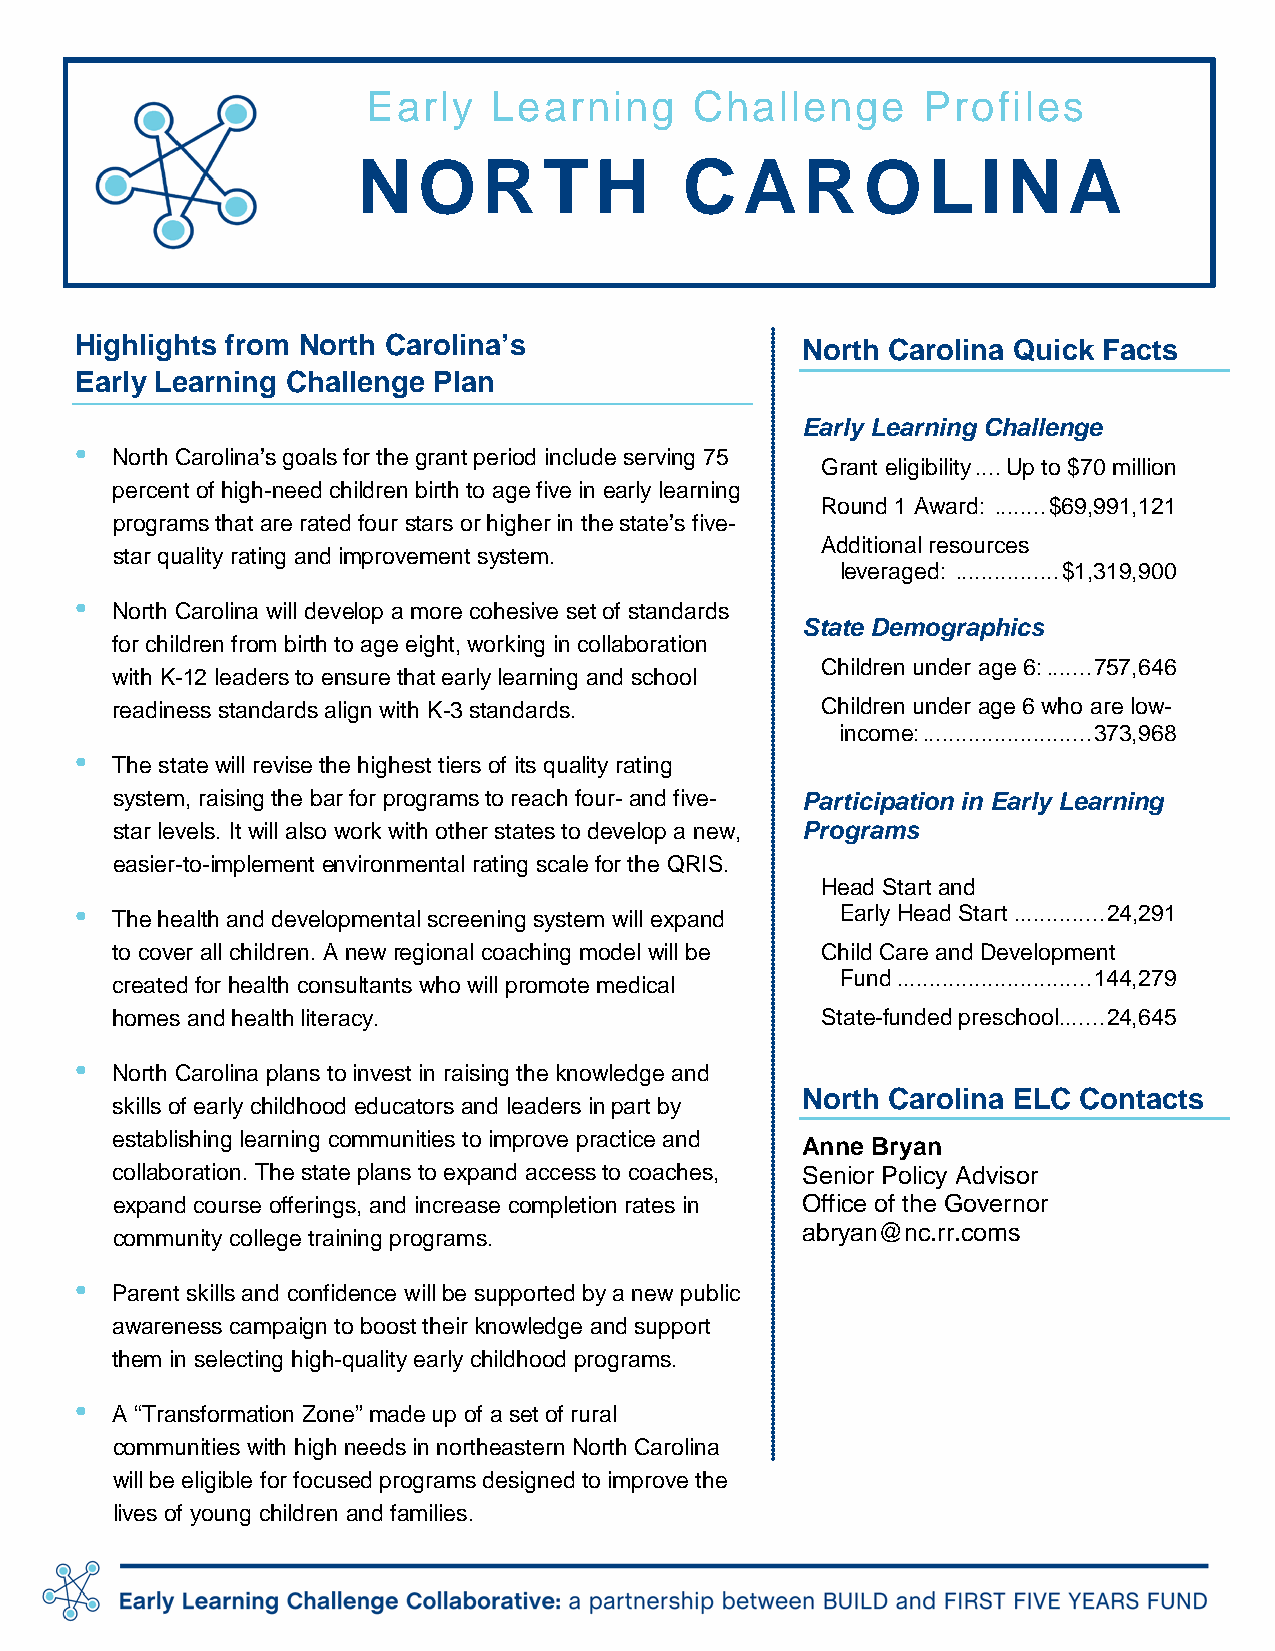
Early    Learning     Challenge      Profiles
 N   OR      TH       C   AR      OLI       N   A
 Highlights from North Carolina’s                North Carolina Quick Facts
 Early Learning Challenge Plan
 Early Learning Challenge
 •
 North Carolina’s goals for the grant period include serving 75
 Grant eligibility .... Up to $70 million
 percent of high-need children birth to age five in early learning
 Round 1 Award: ........ $69,991,121
 programs that are rated four stars or higher in the state’s five-
 Additional resources
 star quality rating and improvement system.
 leveraged: ................ $1,319,900
 •
 North Carolina will develop a more cohesive set of standards
 State Demographics
 for children from birth to age eight, working in collaboration
 Children under age 6: ....... 757,646
 with K-12 leaders to ensure that early learning and school
 readiness standards align with K-3 standards.  Children under age 6 who are low-
 income: .......................... 373,968
 •
 The state will revise the highest tiers of its quality rating
 system, raising the bar for programs to reach four- and five- Participation in Early Learning
 star levels. It will also work with other states to develop a new, Programs
 easier-to-implement environmental rating scale for the QRIS.
 Head Start and
 •                                                  Early Head Start .............. 24,291
 The health and developmental screening system will expand
 to cover all children. A new regional coaching model will be Child Care and Development
 Fund .............................. 144,279
 created for health consultants who will promote medical
 homes and health literacy.                     State-funded preschool ....... 24,645
 •
 North Carolina plans to invest in raising the knowledge and
 North Carolina ELC Contacts
 skills of early childhood educators and leaders in part by
 establishing learning communities to improve practice and
 Anne Bryan
 collaboration. The state plans to expand access to coaches, Senior Policy Advisor
 expand course offerings, and increase completion rates in Office of the Governor
 community college training programs.          abryan@nc.rr.coms
 •
 Parent skills and confidence will be supported by a new public
 awareness campaign to boost their knowledge and support
 them in selecting high-quality early childhood programs.
 •
 A “Transformation Zone” made up of a set of rural
 communities with high needs in northeastern North Carolina
 will be eligible for focused programs designed to improve the
 lives of young children and families.